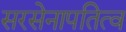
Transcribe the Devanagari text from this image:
सरसेनापतित्व